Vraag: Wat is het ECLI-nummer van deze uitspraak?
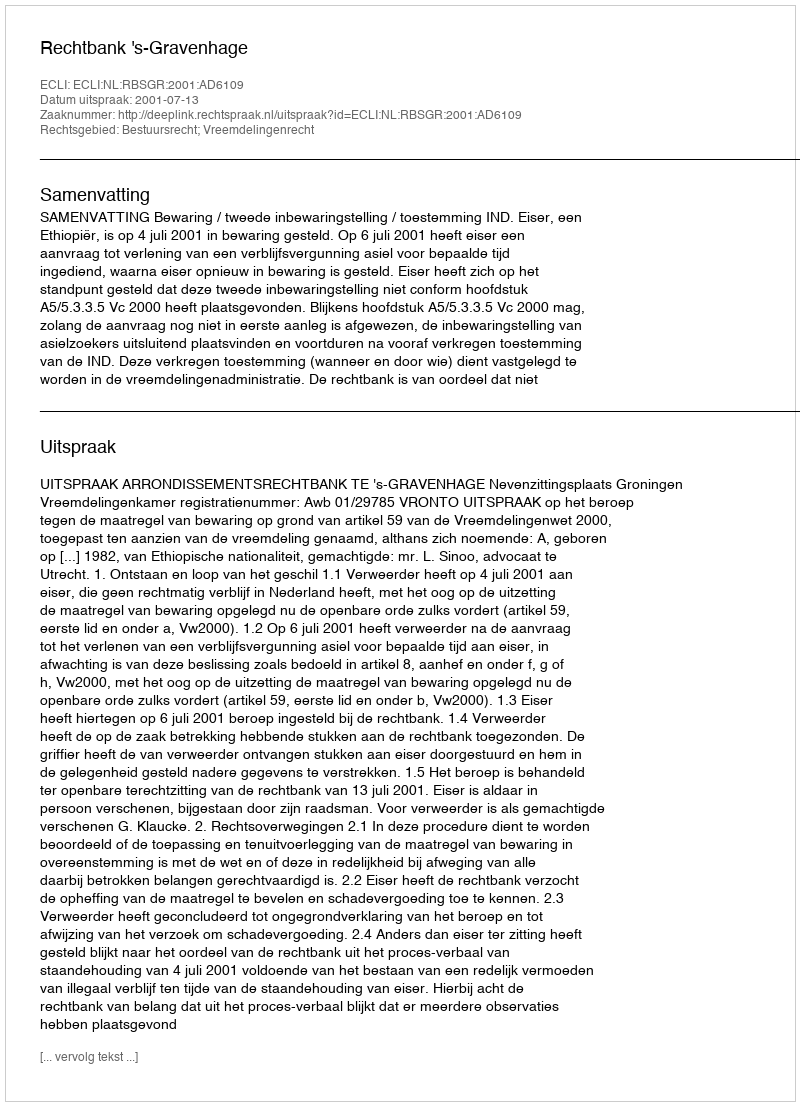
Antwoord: ECLI:NL:RBSGR:2001:AD6109